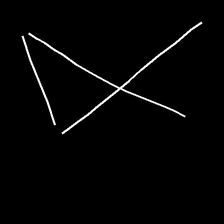
Glyph: collection